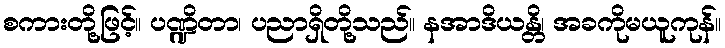
စကားတို့ဖြင့်။ ပဏ္ဍိတာ၊ ပညာရှိတို့သည်။ နအာဒိယန္တိ၊ အခကိုမယူကုန်။